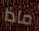
ماذا